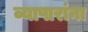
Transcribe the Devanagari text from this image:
व्यापारांना